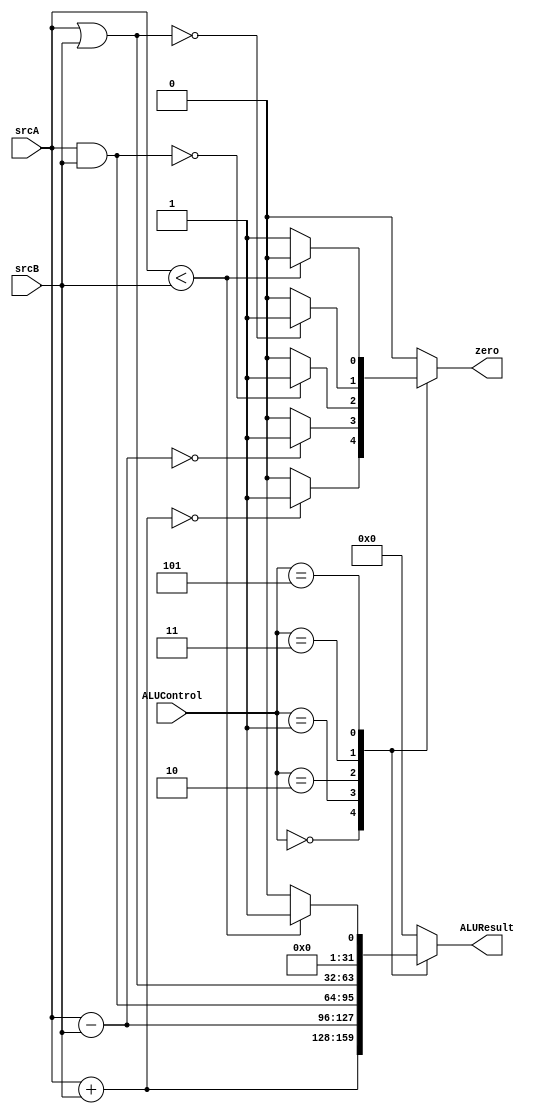
module ALU (

input     wire    [31:0]    srcA,srcB,
input     wire    [2:0]     ALUControl,
output    reg               zero,
output    reg     [31:0]    ALUResult

);

always @(*)
begin

// Explicit Default
ALUResult=32'b0;
zero=1'b0;

case(ALUControl)

3'b000: begin
    ALUResult=srcA + srcB;
    if(!ALUResult)
        zero=1'b1;
	else 
	    zero=1'b0;
end

3'b001: begin
    ALUResult=srcA - srcB;
    if(!ALUResult)
        zero=1'b1;
	else
	    zero=1'b0;
end

3'b010: begin
    ALUResult=srcA & srcB;
    if(!ALUResult)
        zero=1'b1;
	else 
	    zero=1'b0;
end

3'b011: begin
    ALUResult=srcA | srcB;
    if(!ALUResult)
        zero=1'b1;
	else 
	    zero=1'b0;
end

3'b101: begin
    if(srcA < srcB)
      begin
        ALUResult=32'b1;
        zero=1'b0;
      end
    else
      begin
        ALUResult=32'b0;
        zero=1'b1;
      end
end

default: begin
ALUResult=32'b0;
zero=0;
end
endcase
end
endmodule